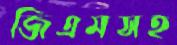
জিএমসহ